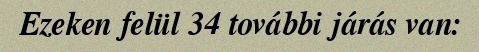
Ezeken felül 34 további járás van: